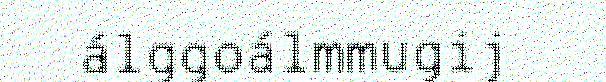
álggoálmmugij